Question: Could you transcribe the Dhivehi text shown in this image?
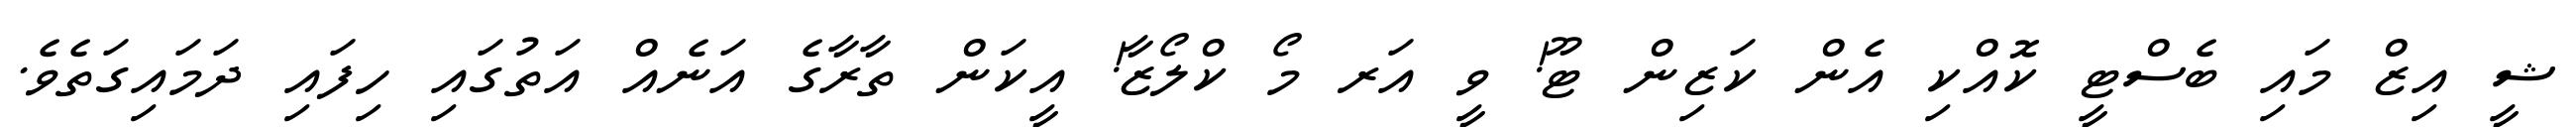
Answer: ޝީ އިޒް މައި ބެސްޓީ ކޮއްކި އެން ކަޒިން ޓޫ! ވީ އަރ މޯ ކްލޯޒާ! އީކަން ތާރާގެ އަނެއް އަތުގައި ހިފައި ދަމައިގަތެވެ.